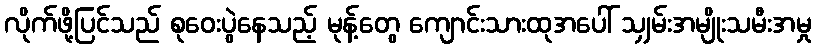
လိုက်ဖို့ပြင်သည် စုဝေးပွဲနေသည့် မုန့်တွေ ကျောင်းသားထုအပေါ် သျှမ်းအမျိုးသမီးအမှု